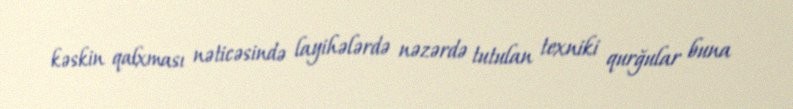
kəskin qalxması nəticəsində layihələrdə nəzərdə tutulan texniki qurğular buna